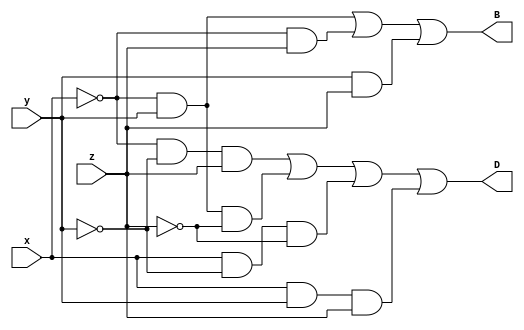
module fullsub(D,B,x,y,z);
output D,B;
input x,y,z;
assign D=(~x)&(~y)&(z)|(~x)&(y)&(~z)|(x)&(~y)&(~z)|(x)&(y)&(z);
assign B=(~x)&(y)|(~x)&(z)|(y)&(z);
endmodule